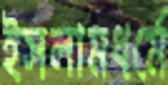
ইসলামধর্মে